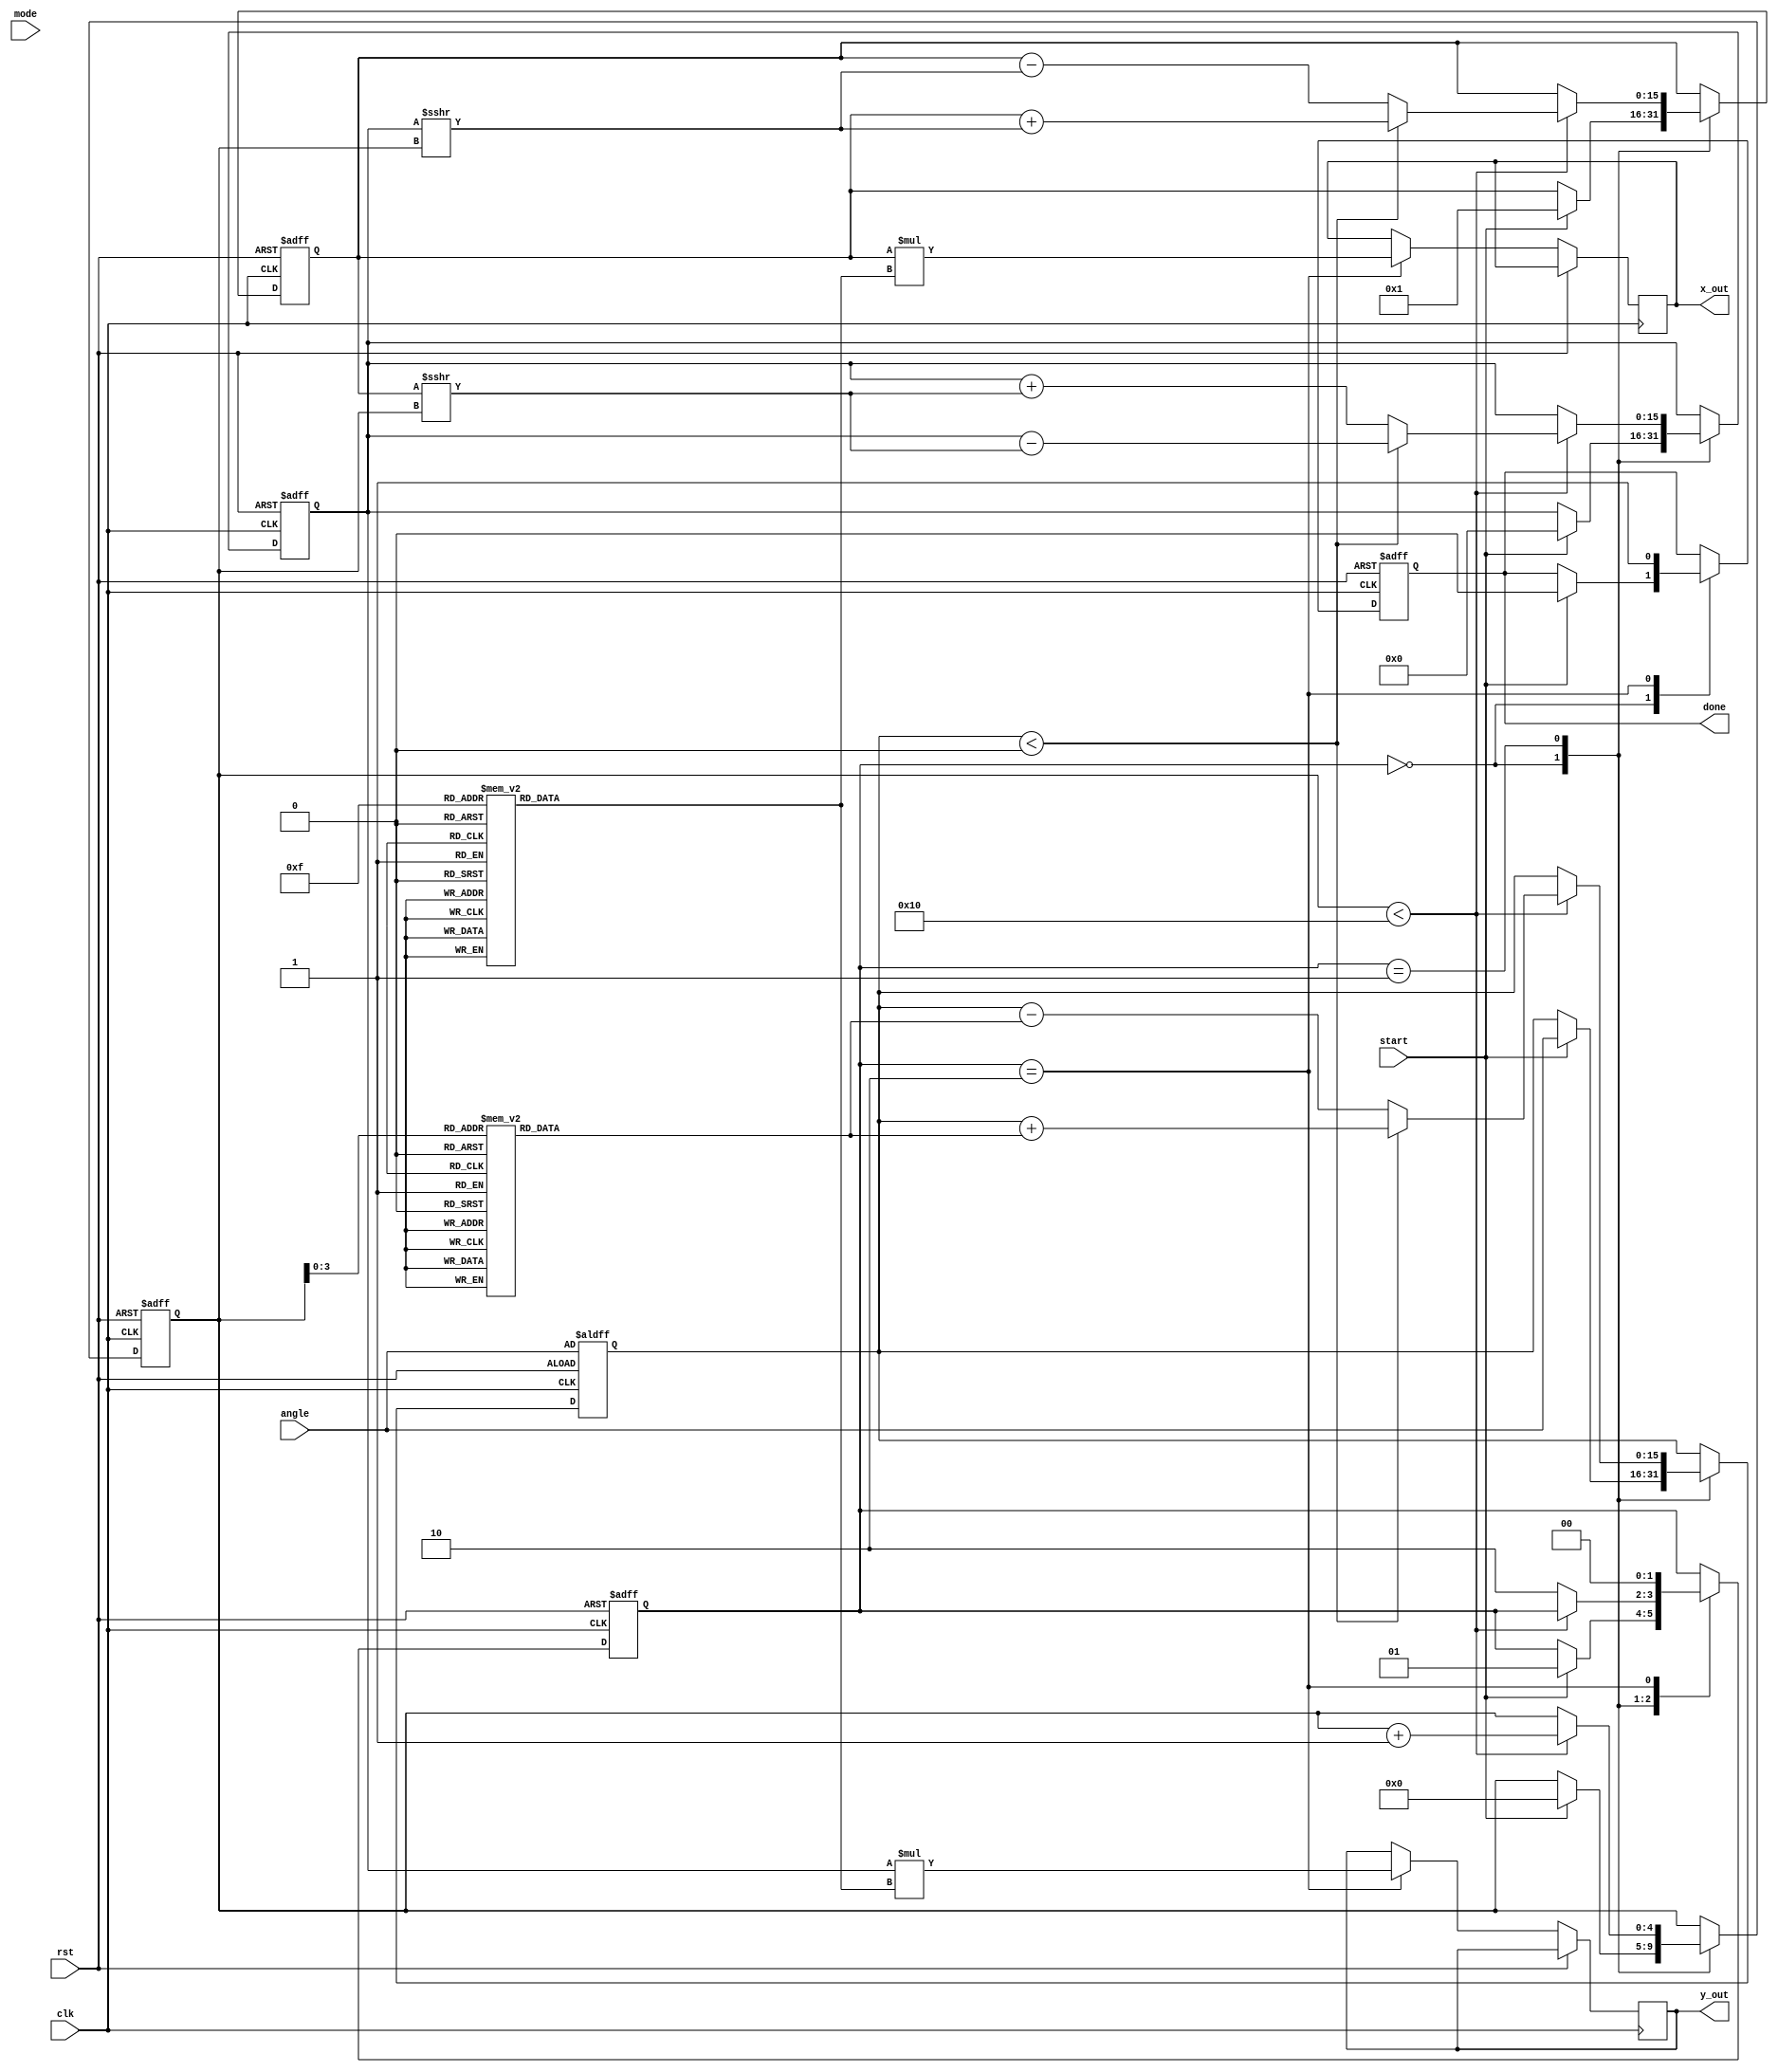
module cordic #(
    parameter N = 16, // Number of iterations
    parameter FIXED_POINT_WIDTH = 16 // Bit-width for fixed-point representation
)(
    input wire clk,
    input wire rst,
    input wire [FIXED_POINT_WIDTH-1:0] angle, // Input angle in fixed-point format
    input wire mode, // 0 for rotation, 1 for vectoring
    input wire start,
    output reg [FIXED_POINT_WIDTH-1:0] x_out,
    output reg [FIXED_POINT_WIDTH-1:0] y_out,
    output reg done
);

    // Lookup tables for arctangent values and scaling factors
    reg [FIXED_POINT_WIDTH-1:0] atan_table [0:N-1];
    reg [FIXED_POINT_WIDTH-1:0] scaling_table [0:N-1];

    // Internal registers
    reg [FIXED_POINT_WIDTH-1:0] x, y, z;
    reg [4:0] iteration; // 5 bits to count iterations (up to 31)
    reg [1:0] state; // State machine for control

    // State definitions
    localparam IDLE = 2'b00;
    localparam RUN = 2'b01;
    localparam DONE = 2'b10;

    // Initialize lookup tables
    initial begin
        // Populate atan_table with precomputed arctangent values
        atan_table[0] = 16'h2000; // atan(2^-0)
        atan_table[1] = 16'h1000; // atan(2^-1)
        atan_table[2] = 16'h0800; // atan(2^-2)
        atan_table[3] = 16'h0400; // atan(2^-3)
        // Continue filling the table for N iterations...

        // Populate scaling_table with precomputed scaling factors
        scaling_table[0] = 16'h26DD; // Scaling factor for 0 iterations
        scaling_table[1] = 16'h1A6D; // Scaling factor for 1 iteration
        scaling_table[2] = 16'h0C8F; // Scaling factor for 2 iterations
        scaling_table[3] = 16'h0666; // Scaling factor for 3 iterations
        // Continue filling the table for N iterations...
    end

    // Control unit
    always @(posedge clk or posedge rst) begin
        if (rst) begin
            state <= IDLE;
            iteration <= 0;
            x <= 16'h0001; // Initial x = 1
            y <= 16'h0000; // Initial y = 0
            z <= angle; // Load input angle
            done <= 0;
        end else begin
            case (state)
                IDLE: begin
                    if (start) begin
                        state <= RUN;
                        iteration <= 0;
                        x <= 16'h0001; // Initial x = 1
                        y <= 16'h0000; // Initial y = 0
                        z <= angle; // Load input angle
                        done <= 0;
                    end
                end
                RUN: begin
                    if (iteration < N) begin
                        // CORDIC rotation logic
                        if (z < 0) begin
                            // Counter-clockwise rotation
                            x <= x + (y >>> iteration);
                            y <= y - (x >>> iteration);
                            z <= z + atan_table[iteration];
                        end else begin
                            // Clockwise rotation
                            x <= x - (y >>> iteration);
                            y <= y + (x >>> iteration);
                            z <= z - atan_table[iteration];
                        end
                        iteration <= iteration + 1;
                    end else begin
                        // Finished iterations
                        state <= DONE;
                    end
                end
                DONE: begin
                    x_out <= x * scaling_table[N-1]; // Scale the final x
                    y_out <= y * scaling_table[N-1]; // Scale the final y
                    done <= 1;
                    state <= IDLE; // Go back to IDLE
                end
            endcase
        end
    end

endmodule